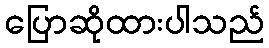
ပြောဆိုထားပါသည်